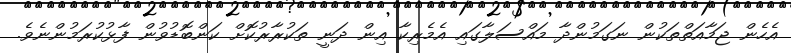
އެހެން ޖަމާއަތްތަކުން ނަގަމުންދާ މައްސަލާގައި އެމެރިކާ އިން ދަނީ ތަކުރާރުކޮށް ކަންބޮޑުވުން ފާޅުކުރަމުންނެވެ.